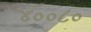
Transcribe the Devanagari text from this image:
४००८०